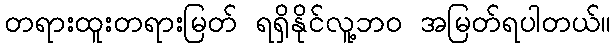
တရားထူးတရားမြတ် ရရှိနိုင်လူ့ဘ၀ အမြတ်ရပါတယ်။